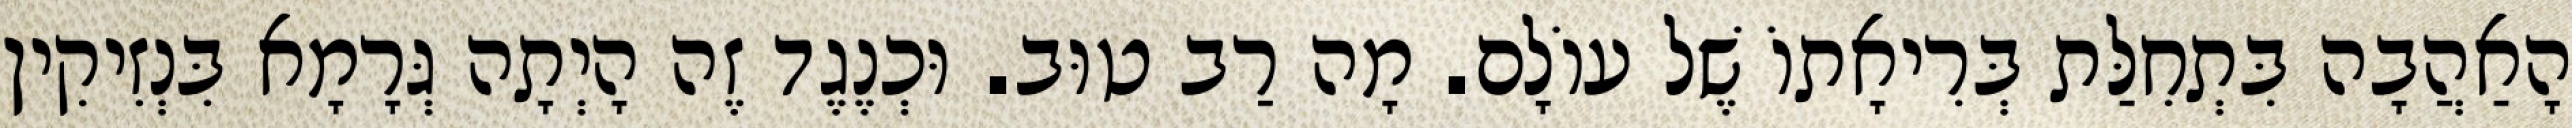
הָאַהֲבָה בִּתְחִלַּת בְּרִיאָתוֹ שֶׁל עוֹלָם. מָה רַב טוּב. וּכְנֶגֶד זֶה הָיְתָה גְּרָמָא בִּנְזִיקִין